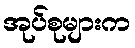
အုပ်စုများက